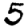
Digit: 5